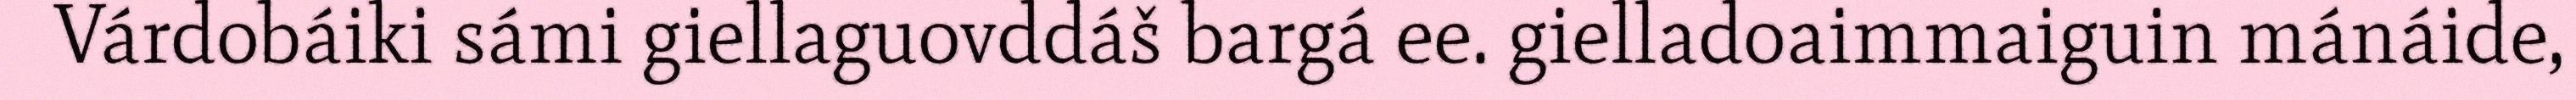
Várdobáiki sámi giellaguovddáš bargá ee. gielladoaimmaiguin mánáide,